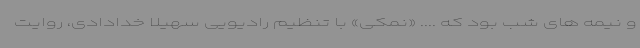
و نیمه های شب بود که .... «نمکی» با تنظیم رادیویی سهیلا خدادادی، روایت